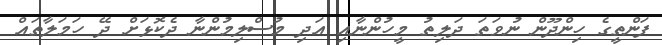
ފަންތީގެ ހިންދޫން ނުވަތަ ދަލިތު މީހުންނާއި އަދި މުސްލިމުންނާ ދެކޮޅަށް ދޭ ހަމަލާތައް